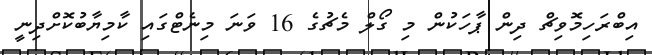
އިބްރަހިމޮވިޗް ދިން ޕާހަކުން މި ގޯލް މެޗުގެ 16 ވަނަ މިނެޓްގައި ކާމިޔާބުކޮށްދިނީ